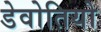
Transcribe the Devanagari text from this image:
डेवोतियो